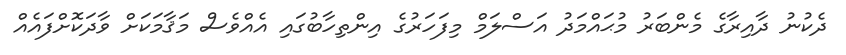
ދެކުނު ދާއިރާގެ މެންބަރު މުޙައްމަދު އަސްލަމް މިފަހަރުގެ އިންތިހާބުގައި އެއްވެސް މަޤާމަކަށް ވާދަކޮށްފައެއް